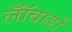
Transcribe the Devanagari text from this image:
लॉँबार्डो